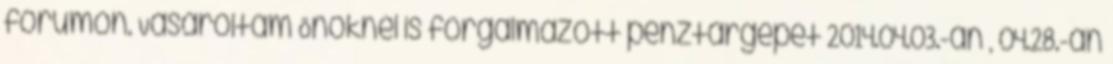
fórumon. Vásároltam Önöknél is forgalmazott pénztárgépet 2014.04.03.-án , 04.28.-án